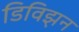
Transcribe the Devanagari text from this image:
डिविझ़न